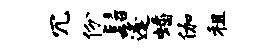
冗份髫逢蟠伽租